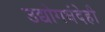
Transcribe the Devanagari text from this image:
उद्योगधंदेही